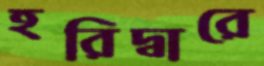
হরিদ্বারে